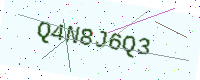
Text: Q4N8J6Q3